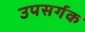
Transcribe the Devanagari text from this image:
उपसर्गक